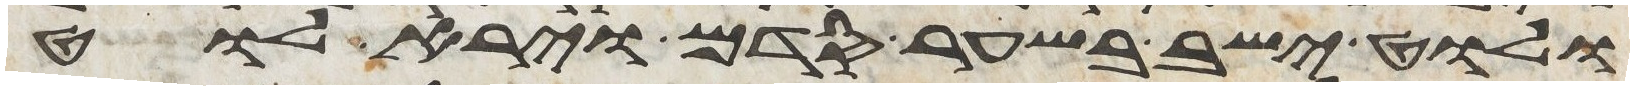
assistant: ולוט ישב בשער סדם וירא לוט